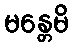
မန္တေမိ